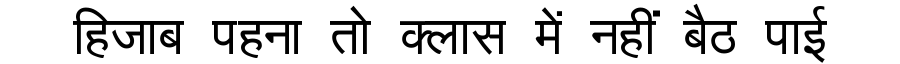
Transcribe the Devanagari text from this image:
हिजाब पहना तो क्लास में नहीं बैठ पाई